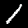
Digit: 1